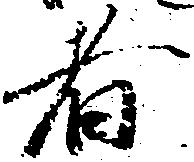
者